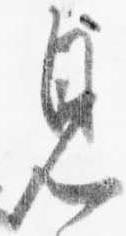
見